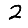
Digit: 2